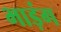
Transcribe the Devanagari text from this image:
भाड़ंग